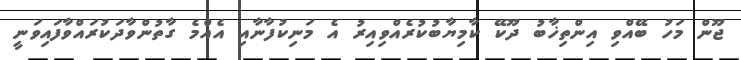
ޖޫން މަހު ބޭއްވި އިންތިޚާބު ދޫކޭ ކާމިޔާބުކުރެއްވިއިރު އެ މަނިކުފާނާއި އެއްމެ ގާތުންވާދަކުރައްވާފައިވަނީ